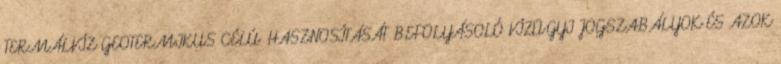
TERMÁLVÍZ GEOTERMIKUS CÉLÚ HASZNOSÍTÁSÁT BEFOLYÁSOLÓ VÍZÜGYI JOGSZABÁLYOK ÉS AZOK